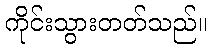
ကိုင်းသွားတတ်သည်။